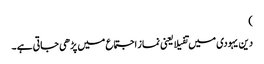
)
دین یہودی میں تفیلا یعنی نماز اجتماع میں پڑھی جاتی ہے ۔